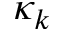
\kappa _ { k }